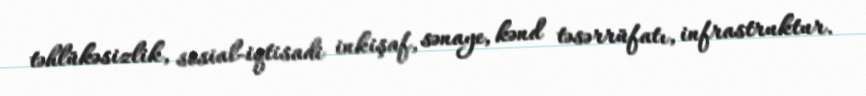
təhlükəsizlik, sosial-iqtisadi inkişaf, sənaye, kənd təsərrüfatı, infrastruktur.